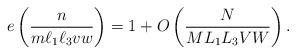
LaTeX: \begin{align*}e \left(\frac{n}{m\ell_1\ell_3 vw} \right) = 1 + O \left(\frac{N}{M L_1L_3 VW} \right).\end{align*}